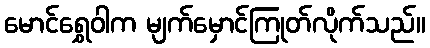
မောင်ရွှေဝါက မျက်မှောင်ကြုတ်လိုက်သည်။